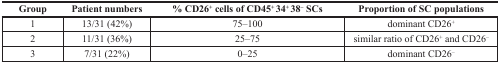
<table><thead><tr><td><b>Group</b></td><td><b>Patient numbers</b></td><td><b>% CD26<sup>+</sup> cells of CD45<sup>+</sup> 34<sup>+</sup> 38<sup>−</sup>SCs</b></td><td><b>Proportion of SC populations</b></td></tr></thead><tbody><tr><td>1</td><td>13/31 (42%)</td><td>75–100</td><td>dominant CD26<sup>+</sup></td></tr><tr><td>2</td><td>11/31 (36%)</td><td>25–75</td><td>similar ratio of CD26<sup>+</sup> and CD26<sup>−</sup></td></tr><tr><td>3</td><td>7/31 (22%)</td><td>0–25</td><td>dominant CD26<sup>−</sup></td></tr></tbody></table>